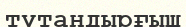
тұтандырғыш